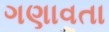
ગણાવતા